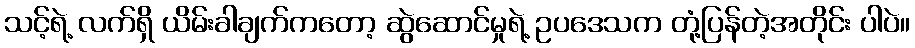
သင့်ရဲ့ လက်ရှိ ယိမ်းခါချက်ကတော့ ဆွဲဆောင်မှုရဲ့ ဥပဒေသက တုံ့ပြန်တဲ့အတိုင်း ပါပဲ။